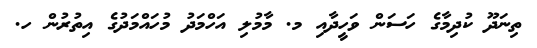
ތިނަދޫ ކުދިމާގެ ހަސަން ވަހީދާއި މ. މާމުލި އަހްމަދު މުހައްމަދުގެ އިތުރުން ހ.